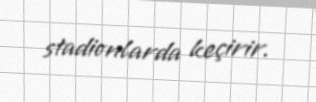
stadionlarda keçirir.